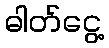
ဓါတ်ငွေ့